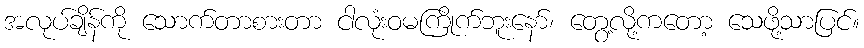
အလုပ်ချိန်ကို သောက်တာစားတာ ငါလုံးဝမကြိုက်ဘူးနော်၊ တွေ့လို့ကတော့ သေဖို့သာပြင်။